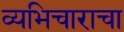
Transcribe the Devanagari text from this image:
व्यभिचाराचा